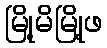
မြို့မိမြို့ဖ